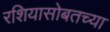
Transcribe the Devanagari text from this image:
रशियासोबतच्या